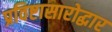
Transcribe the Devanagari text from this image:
प्रविष्टासारोद्धार